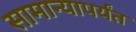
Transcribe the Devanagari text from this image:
सामान्यापर्यंत